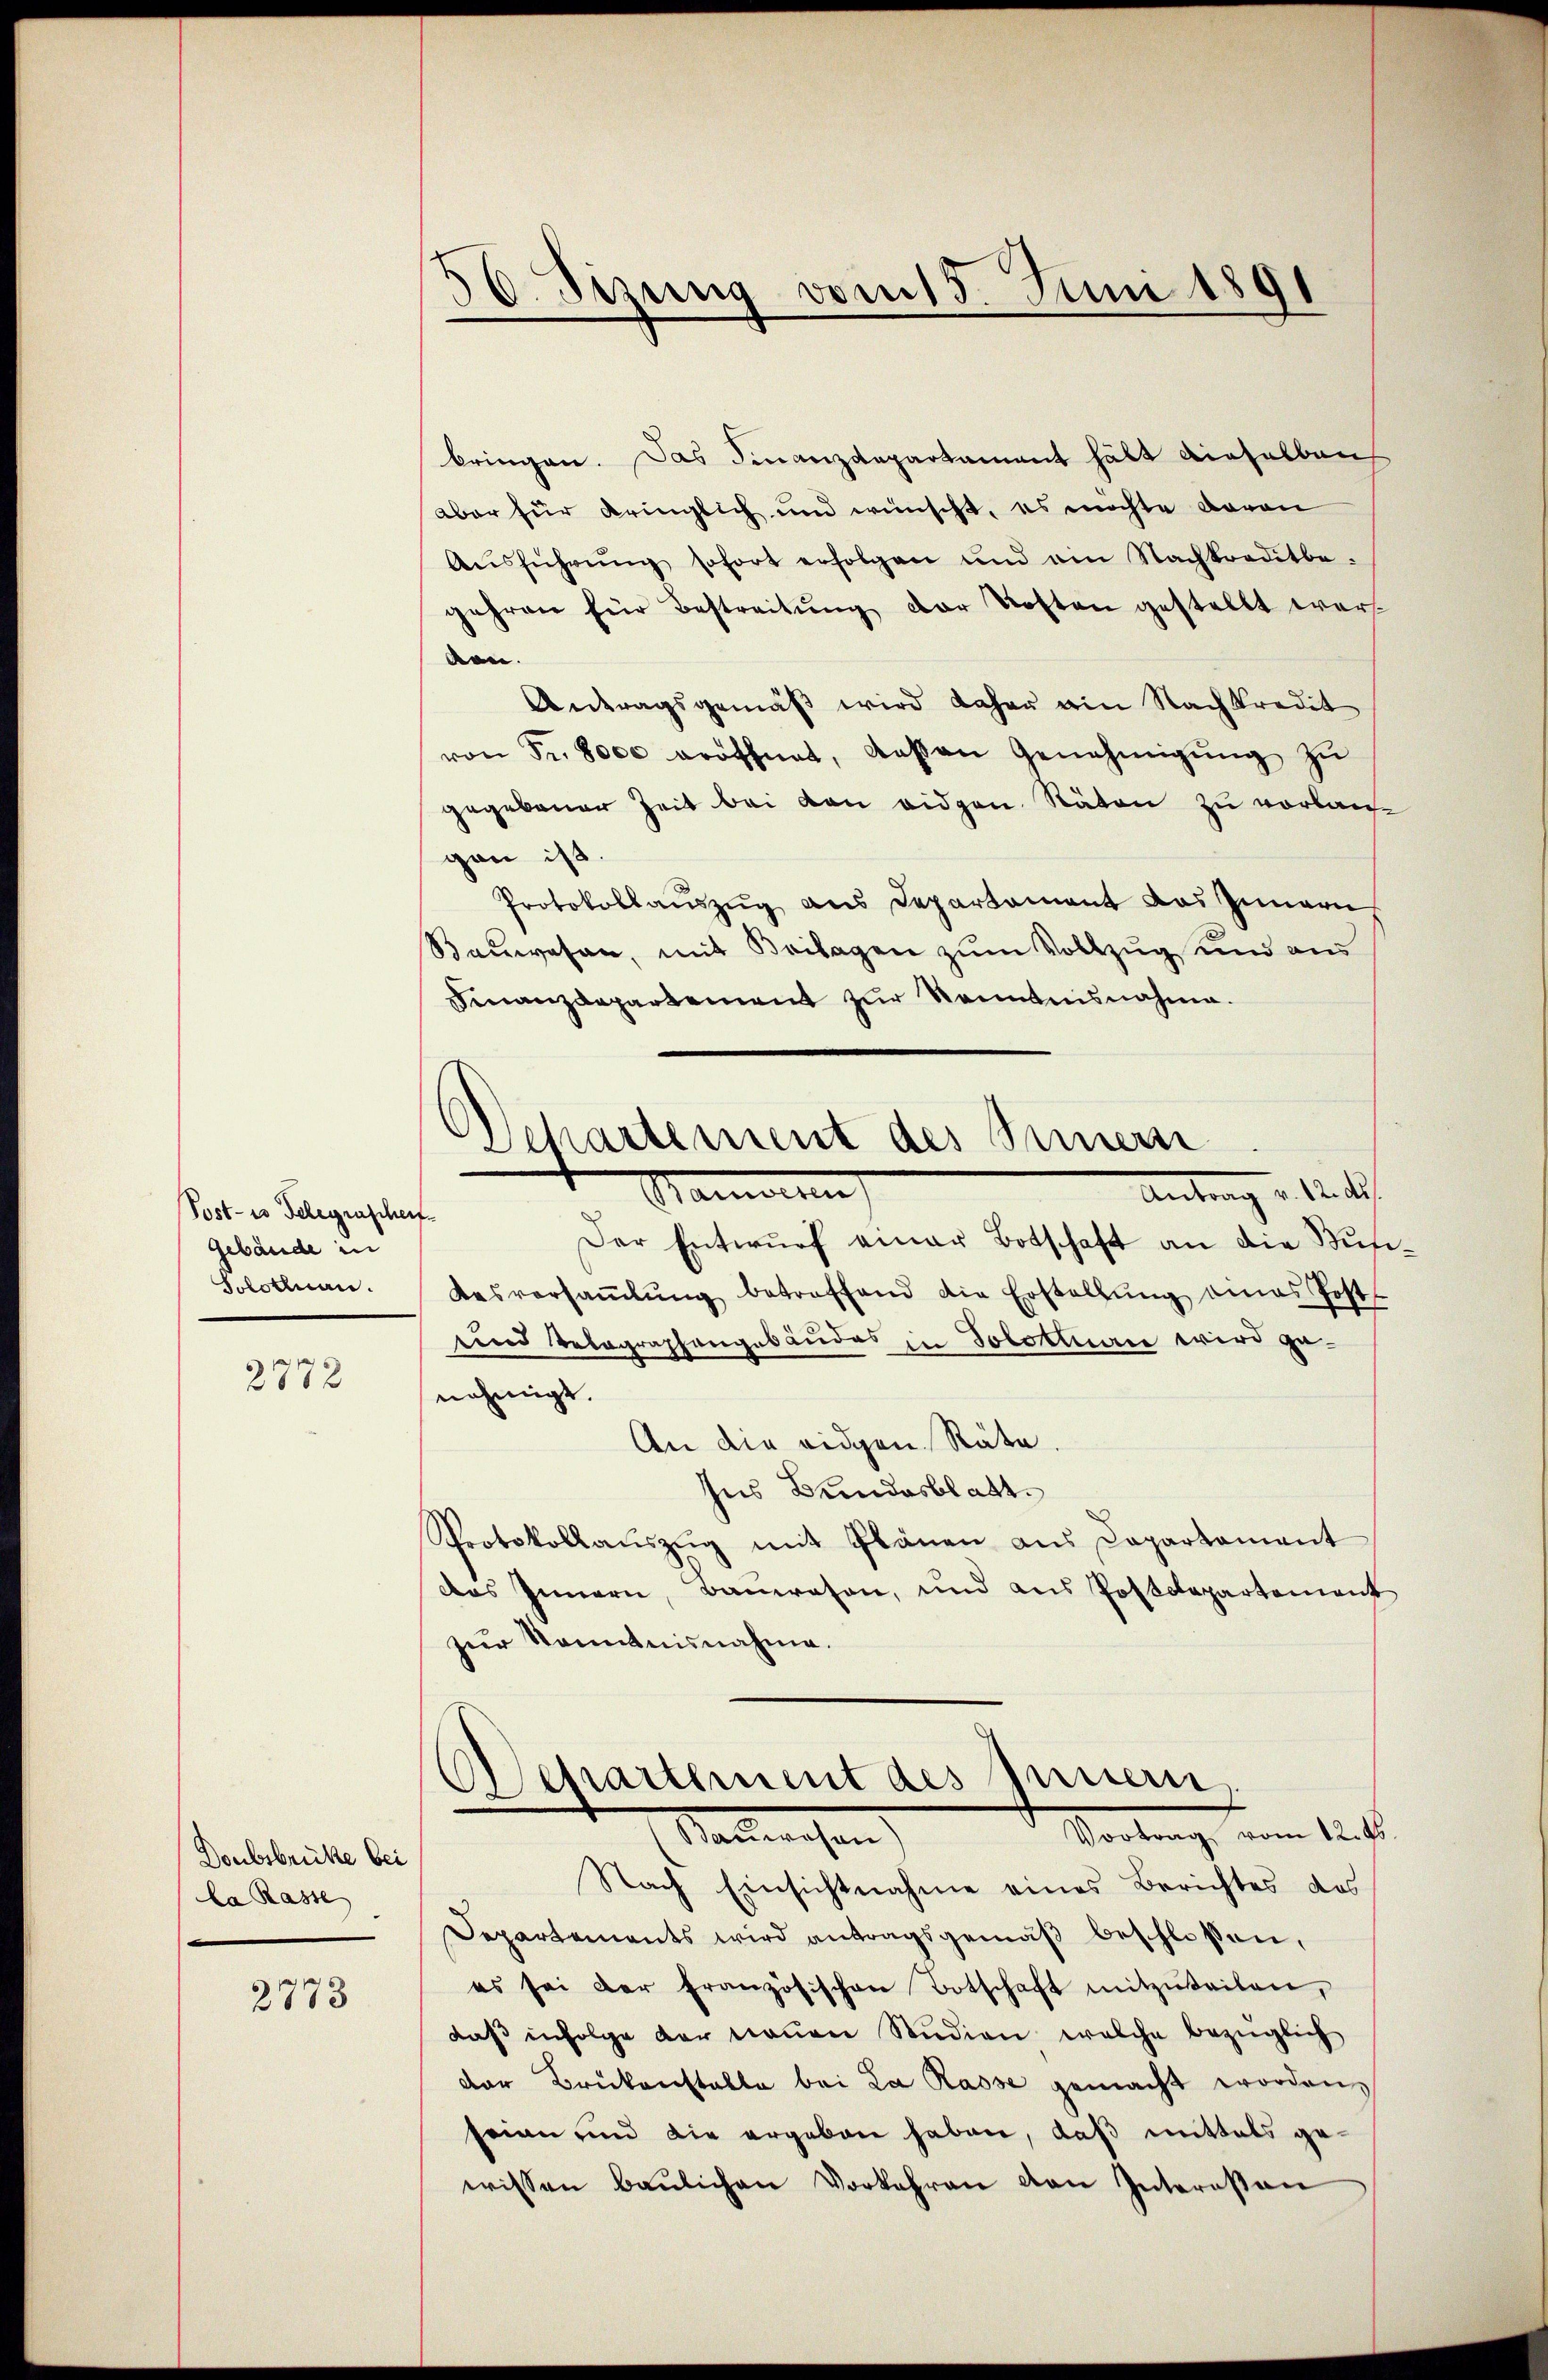
Post- es Telegrascheigebäude in
Solothurn.

2872

Doubsbrücke bei
la Rasse

2773

56. Sizung vom 15. Juni 1891

bringen. Das Finanzdepartament hält dieselben
aber für Kringlich und wünscht, es möchte davon
Aŭsführŭng sofort erfolgen und am Nachkreditbe
gehren für Bestreitung der Kosten gestellt wer
den.
Antragsgemäβ wird daher ain Nachkredit
von Fr. 8000 eröffnet, daβ an Genehmigŭng zŭ
gegebener Zeit bei den eidgen. Räten zu vorlauf
gan ist.
Protokollauszug aus Departement das Innern
Bauwesen, mit Beilagen zum Vollzug und aus
Finanzdepartement zur Kenntnisnahme.

Departement des Innern
Namen
Antrag v. 12. 1

Der Entwŭrf einer Botschaft an die Bun
desversaṁlŭng betreffend die Erstellŭng eines Postt
und Telegraphengebäudes in Solothurn wird genehmigt.
An die eidgen. Räte.
Ins Bundesblatt.
Protokollaŭszŭg mit Plänen aus Capartament
das Innern, Bauwesen, und aus Postdepartement
zur Kenntnisnahme.
Separtement des Innern,
Vortrag vom 12. ds.
Malweisen
Nach Einsichtnahme eines Berichtes des
Departements wird antragsgemäβ beschlossen,
es sei der französischen Botschaft mitzuteilen,
daß infolge der neuen Studien welche bezüglich
der Brückenstalte bei La Rasse gemacht worden,
seien und die ergeben haben, daß mittels gewissen baŭlichen Vorkehren von Interessan